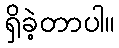
ရှိခဲ့တာပါ။